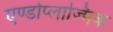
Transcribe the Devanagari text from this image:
एण्डोप्लाज्मिक